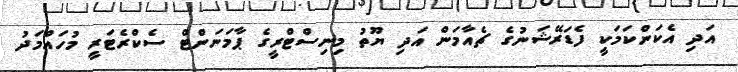
އަދި އެކަންކަމަކީ ފެޑަރޭޝަނުގެ ޗެއާމަން އަދި ޔޫތު މިނިސްޓްރީގެ ޕާމަނަންޓް ސެކްރެޓަރީ މުހައްމަދު